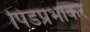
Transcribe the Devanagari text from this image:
पिंडप्रभाकर